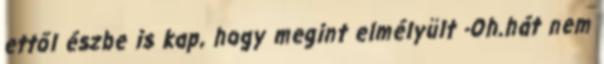
ettől észbe is kap, hogy megint elmélyült -Oh.hát nem